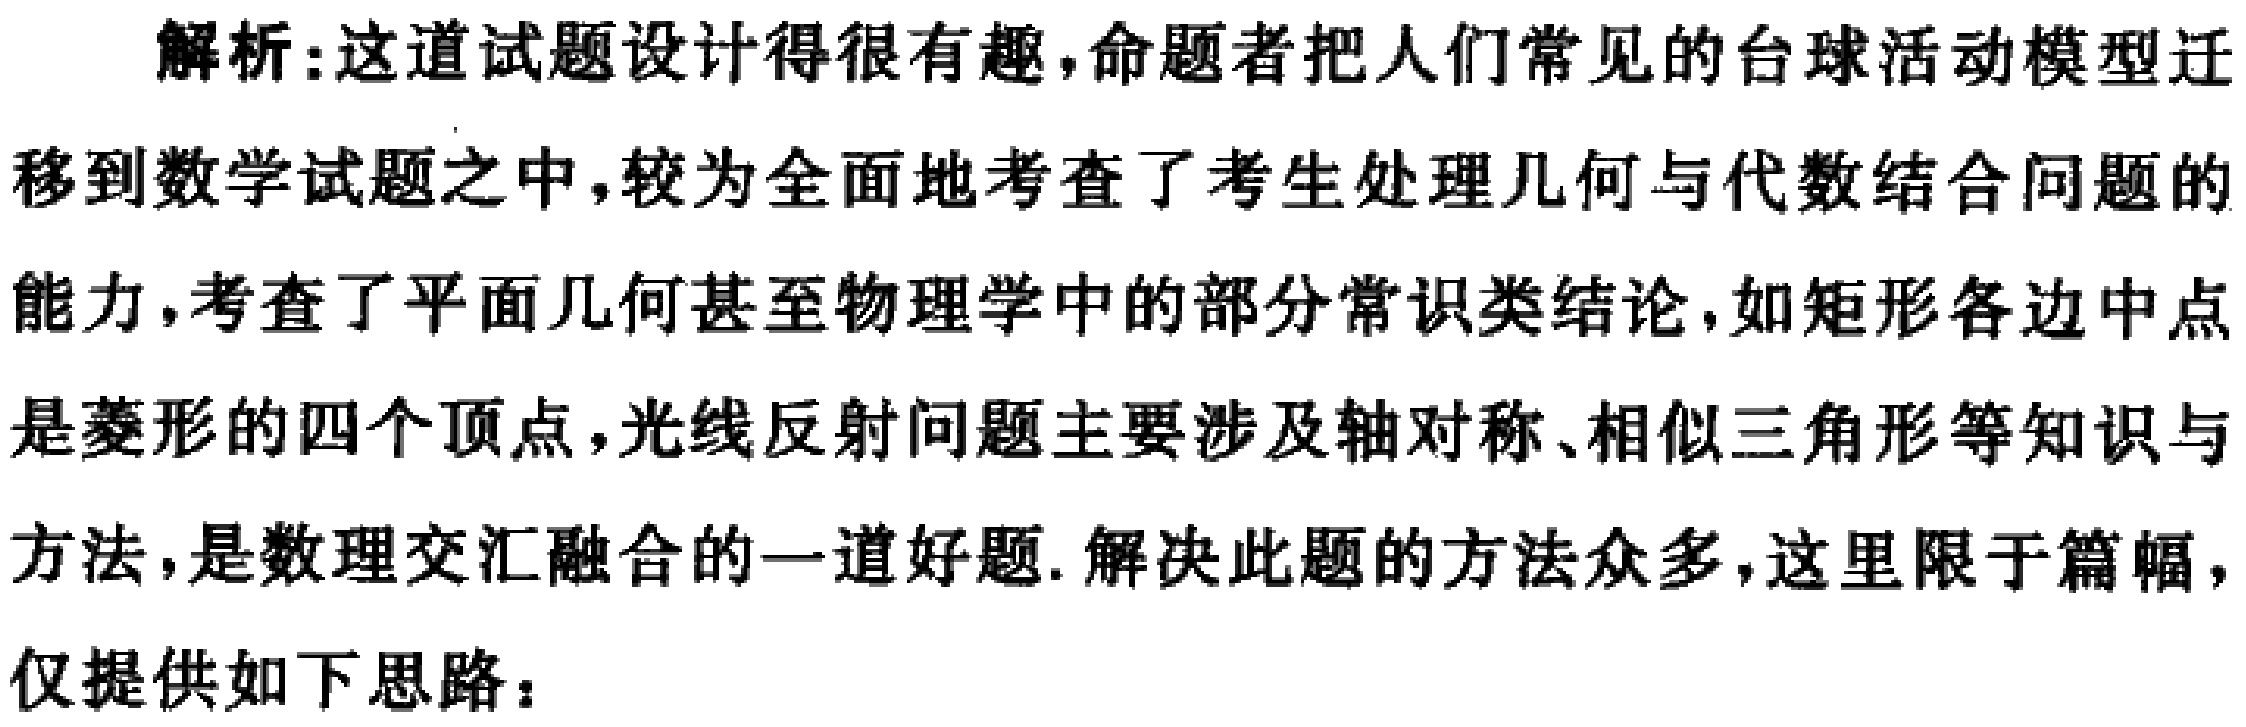
解析:这道试题设计得很有趣，命题者把人们常见的台球活动模型迁移到数学试题之中，较为全面地考查了考生处理几何与代数结合问题的能力，考查了平面几何甚至物理学中的部分常识类结论，如矩形各边中点是菱形的四个顶点，光线反射问题主要涉及轴对称、相似三角形等知识与方法，是数理交汇融合的一道好题. 解决此题的方法众多，这里限于篇幅，仅提供如下思路：